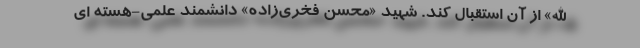
الله» از آن استقبال کند. شهید «محسن فخری‌زاده» دانشمند علمی-هسته ای